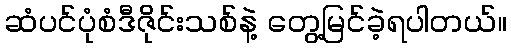
ဆံပင်ပုံစံဒီဇိုင်းသစ်နဲ့ တွေ့မြင်ခဲ့ရပါတယ်။